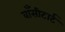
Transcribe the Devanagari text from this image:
वाँसीटार्ट